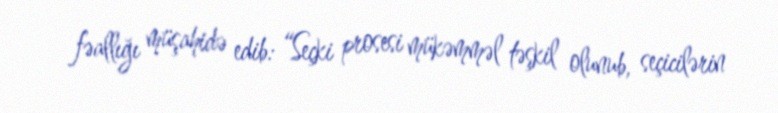
fəallığı müşahidə edib: “Seçki prosesi mükəmməl təşkil olunub, seçicilərin